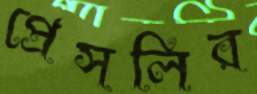
প্রেসলির